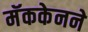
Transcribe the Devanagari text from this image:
मॅककेनने